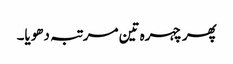
پھر چہرہ تین مرتبہ دھویا۔